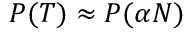
P ( T ) \approx P ( \alpha N )